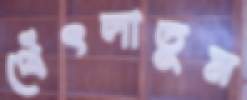
থেঁৎলাতুম